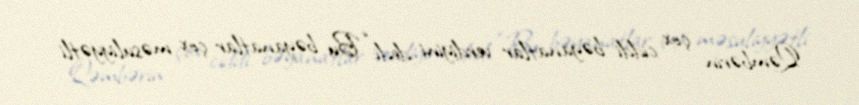
Qəmbərin çox ciddi bəyanatlar verdiyini dedi: “Bu bəyanatlar çox məsuliyyətli